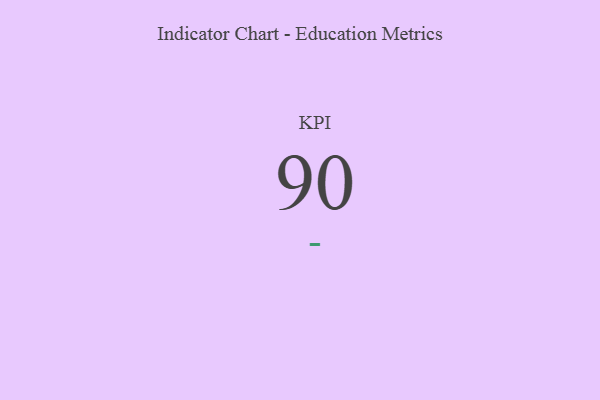
{"axis": {"x": "KPI", "y": "Value"}, "legend": [""], "data": [{"x": "KPI", "y": 90, "type": ""}]}